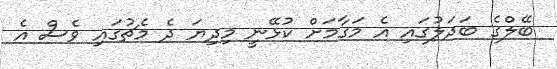
ބޭލްގެ ބަދަލުގައި އެ މަގާމަށް ކުޅޭނީ މިދިޔަ ދެ މެޗުގައި ވެސް އެ